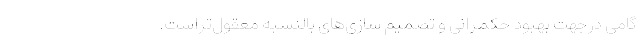
گامی درجهتِ بهبود حکمرانی و تصمیم ­سازی­های بالنسبه معقول­تراست.